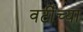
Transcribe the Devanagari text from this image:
वर्टींच्या